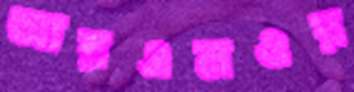
আরএমওর